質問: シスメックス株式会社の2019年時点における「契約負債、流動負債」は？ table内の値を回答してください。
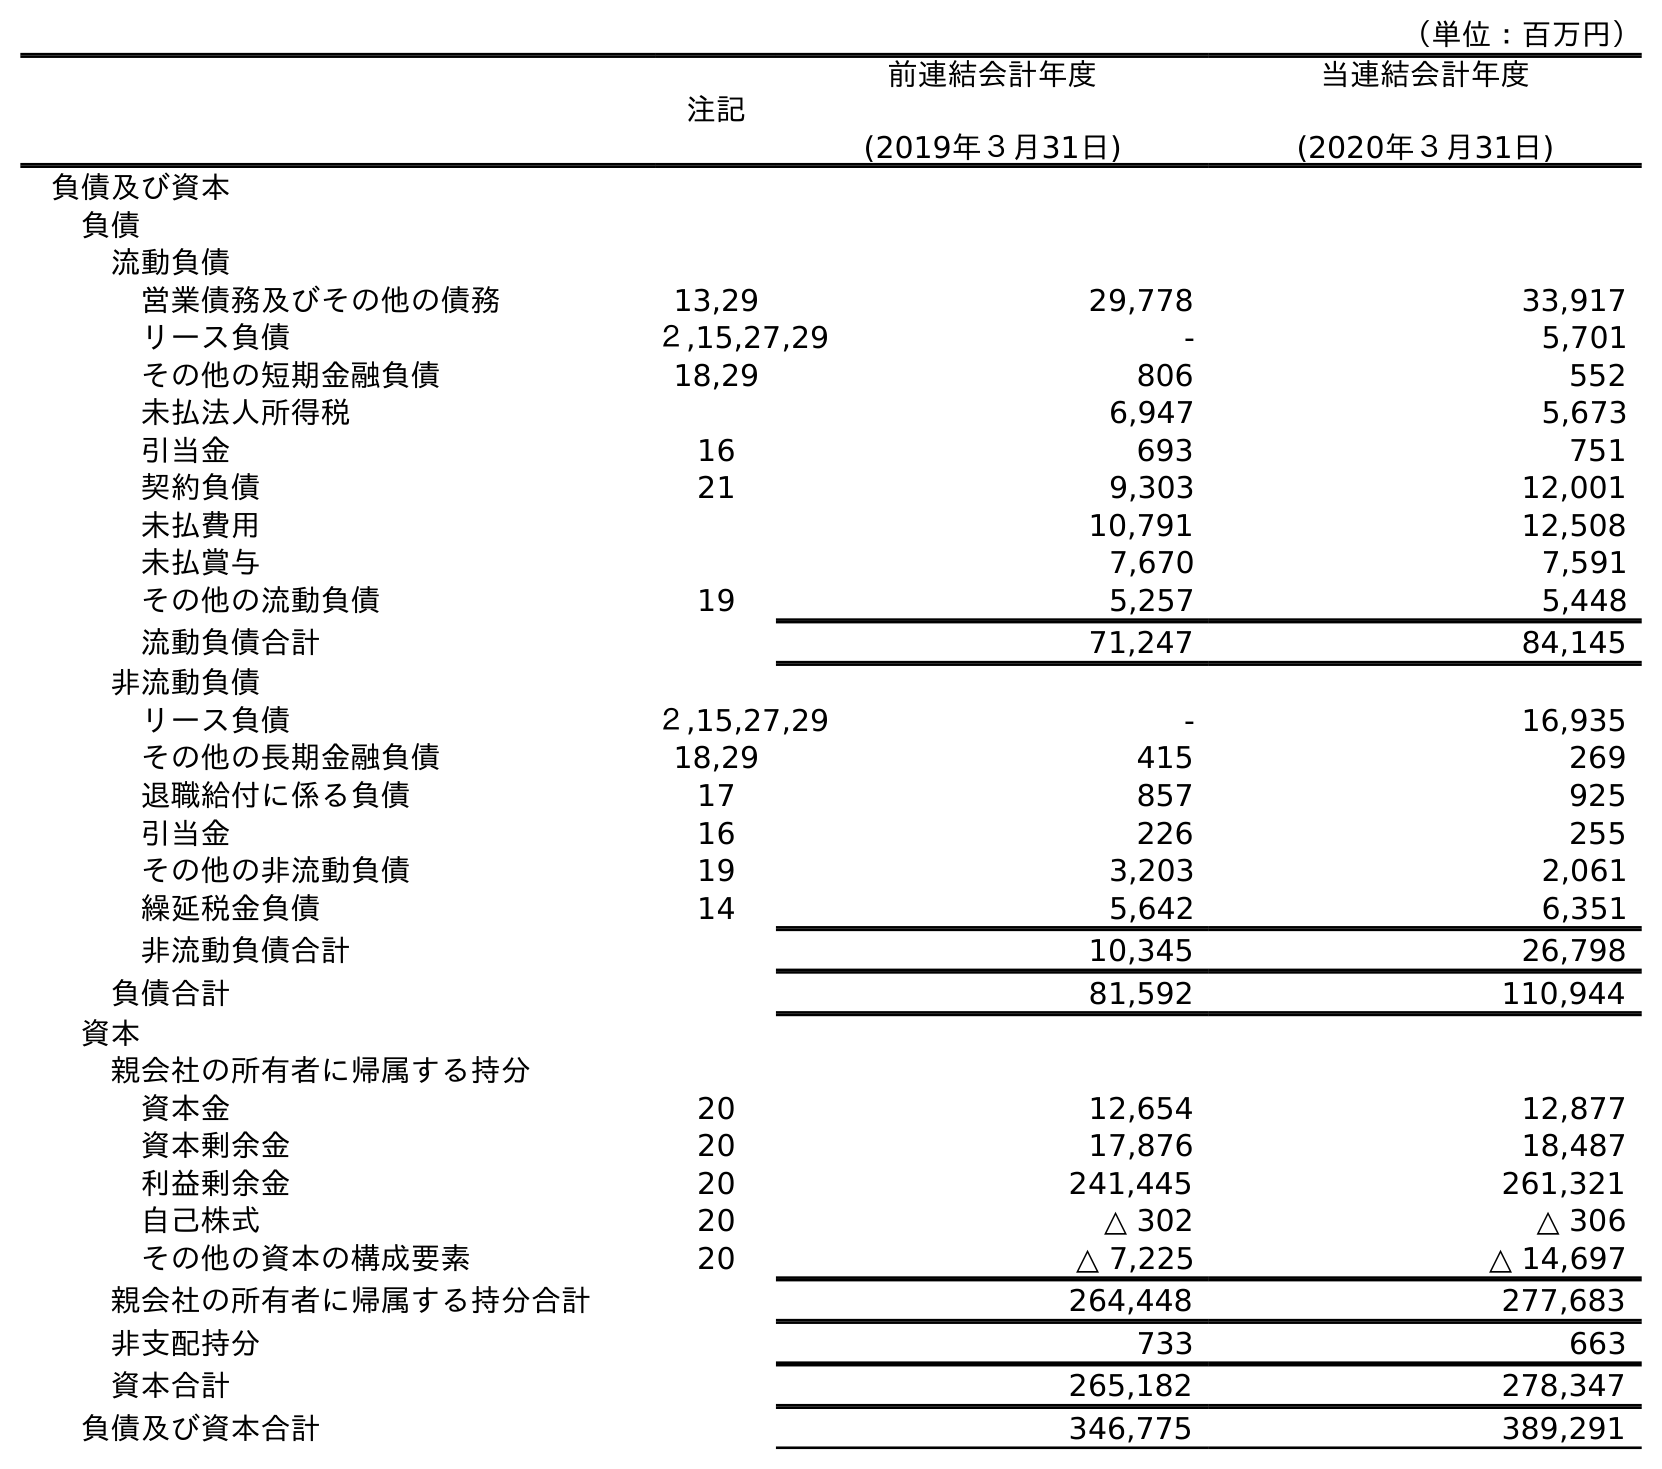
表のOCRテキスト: （単位：百万円） 注記 前連結会計年度 (2019年３月31日) 当連結会計年度 (2020年３月31日) 負債及び資本 負債 流動負債 営業債務及びその他の債務 13,29 29,778 33,917 リース負債 ２,15,27,29 - 5,701 その他の短期金融負債 18,29 806 552 未払法人所得税 6,947 5,673 引当金 16 693 751 契約負債 21 9,303 12,001 未払費用 10,791 12,508 未払賞与 7,670 7,591 その他の流動負債 19 5,257 5,448 流動負債合計 71,247 84,145 非流動負債 リース負債 ２,15,27,29 - 16,935 その他の長期金融負債 18,29 415 269 退職給付に係る負債 17 857 925 引当金 16 226 255 その他の非流動負債 19 3,203 2,061 繰延税金負債 14 5,642 6,351 非流動負債合計 10,345 26,798 負債合計 81,592 110,944 資本 親会社の所有者に帰属する持分 資本金 20 12,654 12,877 資本剰余金 20 17,876 18,487 利益剰余金 20 241,445 261,321 自己株式 20 △ 302 △ 306 その他の資本の構成要素 20 △ 7,225 △ 14,697 親会社の所有者に帰属する持分合計 264,448 277,683 非支配持分 733 663 資本合計 265,182 278,347 負債及び資本合計 346,775 389,291
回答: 9,303